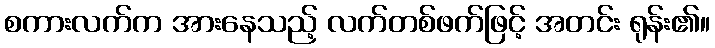
စကားလက်က အားနေသည့် လက်တစ်ဖက်ဖြင့် အတင်း ရုန်း၏။